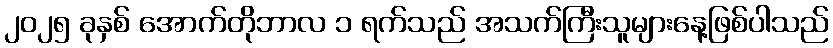
၂၀၂၅ ခုနှစ် အောက်တိုဘာလ ၁ ရက်သည် အသက်ကြီးသူများနေ့ဖြစ်ပါသည်